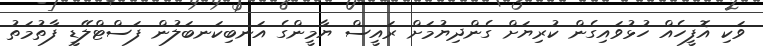
ވަކި އޮފީހެއް ހުޅުވައިގެން ކުރިޔަށް ގެންދިޔުމަށް ރައީސް ޔާމީންގެ އަނބިކަނބަލުން ފަސްޓްލޭޑީ ފާތުމަތު